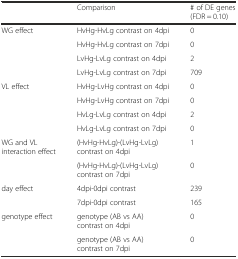
<table><thead><tr><td></td><td><b>Comparison</b></td><td><b># of DE genes (FDR = 0.10)</b></td></tr></thead><tbody><tr><td rowspan="4">WG effect</td><td>HvHg-HvLg contrast on 4dpi</td><td>0</td></tr><tr><td>HvHg-HvLg contrast on 7dpi</td><td>0</td></tr><tr><td>LvHg-LvLg contrast on 4dpi</td><td>2</td></tr><tr><td>LvHg-LvLg contrast on 7dpi</td><td>709</td></tr><tr><td rowspan="4">VL effect</td><td>HvHg-LvHg contrast on 4dpi</td><td>0</td></tr><tr><td>HvHg-LvHg contrast on 7dpi</td><td>0</td></tr><tr><td>HvLg-LvLg contrast on 4dpi</td><td>2</td></tr><tr><td>HvLg-LvLg contrast on 7dpi</td><td>0</td></tr><tr><td rowspan="2">WG and VL interaction effect</td><td>(HvHg-HvLg)-(LvHg-LvLg) contrast on 4dpi</td><td>1</td></tr><tr><td>(HvHg-HvLg)-(LvHg-LvLg) contrast on 7dpi</td><td>0</td></tr><tr><td rowspan="2">day effect</td><td>4dpi-0dpi contrast</td><td>239</td></tr><tr><td>7dpi-0dpi contrast</td><td>165</td></tr><tr><td rowspan="2">genotype effect</td><td>genotype (AB vs AA) contrast on 4dpi</td><td>0</td></tr><tr><td>genotype (AB vs AA) contrast on 7dpi</td><td>0</td></tr></tbody></table>